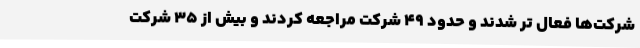
شرکت‌ها فعال ‌تر شدند و حدود 49 شرکت مراجعه کردند و بیش از 35 شرکت